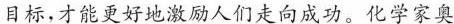
目标，才能更好地激励人们走向成功。化学家奥